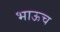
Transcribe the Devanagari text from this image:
भाऊच